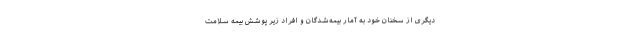
دیگری از سخنان خود به آمار بیمه‌شدگان و افراد زیر پوشش بیمه سلامت